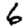
Digit: 6